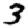
Digit: 3